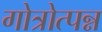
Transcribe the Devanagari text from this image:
गोत्रोत्पन्न